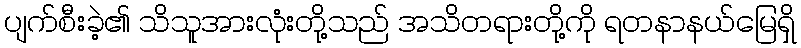
ပျက်စီးခဲ့၏ သိသူအားလုံးတို့သည် အသိတရားတို့ကို ရတနာနယ်မြေရှိ